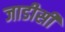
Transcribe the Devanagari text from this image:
जाडीसी